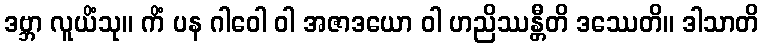
ဒဗ္ဘာ လူယိံသု။ ကိံ ပန ဂါဝေါ ဝါ အဇာဒယော ဝါ ဟညိဿန္တီတိ ဒဿေတိ။ ဒါသာတိ